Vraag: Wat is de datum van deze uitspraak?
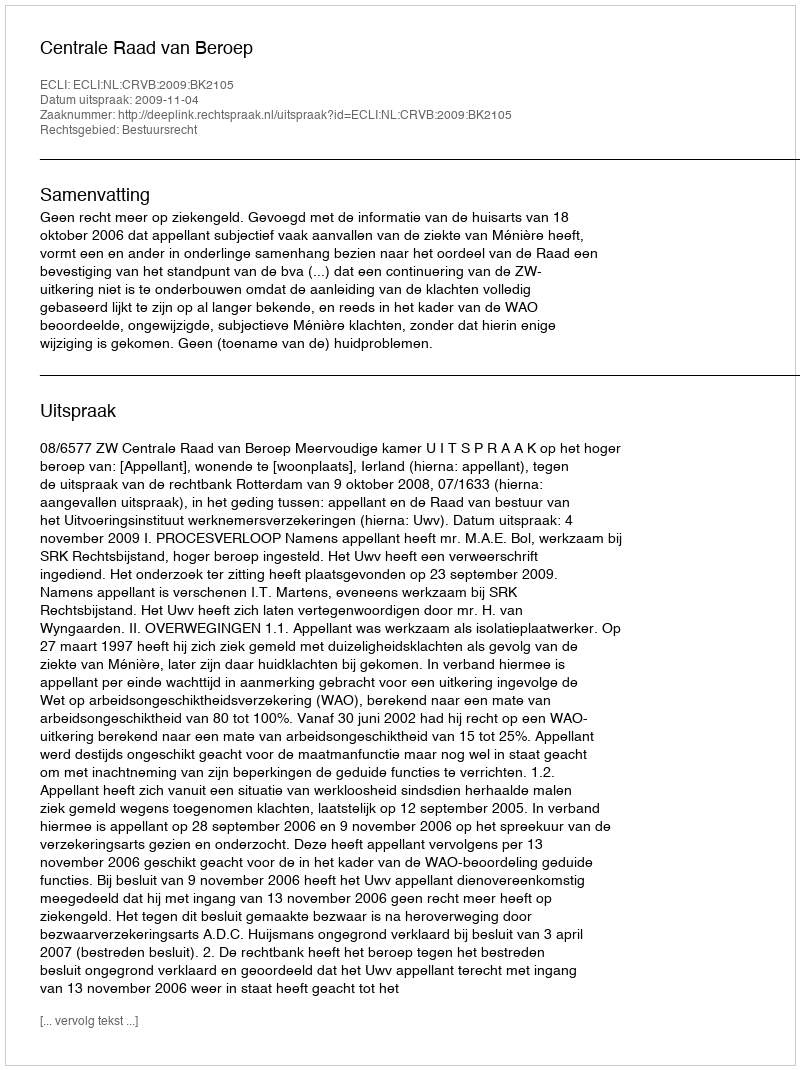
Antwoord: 2009-11-04